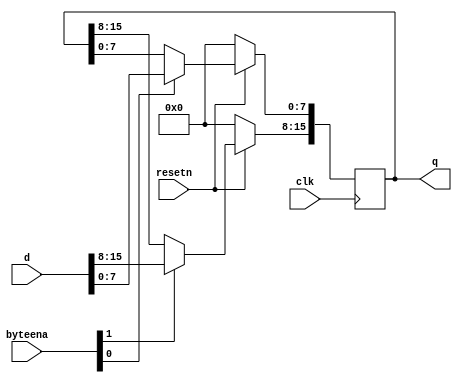
module top_module (
    input clk,
    input resetn,
    input [1:0] byteena,
    input [15:0] d,
    output reg [15:0] q
);

    // Flip-flop logic: Capture d at the rising edge of clk based on byteena bits
    always @(posedge clk) begin
        if (!resetn) begin
            // Active-low reset: set q to zero when resetn is low
            q <= 16'b0;
        end else begin
            // Write to flip-flops based on byteena signals
            if (byteena[1]) 
                q[15:8] <= d[15:8];

            if (byteena[0])
                q[7:0] <= d[7:0];
        end
    end
endmodule